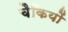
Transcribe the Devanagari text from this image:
चैकियों